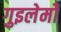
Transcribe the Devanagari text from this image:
गुइलेर्मो